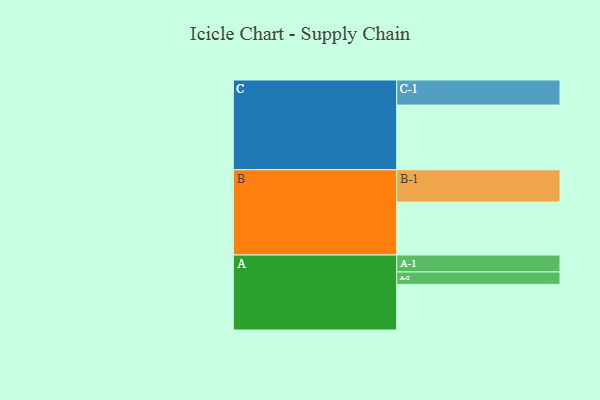
{"axis": {"x": "Segment", "y": "Value"}, "legend": ["", "A", "B", "C"], "data": [{"x": "A", "y": 342, "type": ""}, {"x": "B", "y": 397, "type": ""}, {"x": "C", "y": 485, "type": ""}, {"x": "A-1", "y": 127, "type": "A"}, {"x": "A-2", "y": 93, "type": "A"}, {"x": "B-1", "y": 242, "type": "B"}, {"x": "C-1", "y": 188, "type": "C"}]}